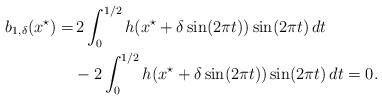
\begin{align*}\begin{aligned}b_{1,\delta}(x^\star) =&\, 2\int_{0}^{1/2}h(x^\star+\delta\sin(2\pi t))\sin(2\pi t)\,dt\\ &- 2\int_{0}^{1/2}h(x^\star+\delta\sin(2\pi t))\sin(2\pi t)\,dt =0.\end{aligned}\end{align*}